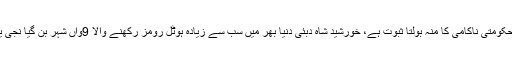
عمران خان مرغی اور سبزیوں کی قیمتوں میں اضافہ حکومتی ناکامی کا منہ بولتا ثبوت ہے، خورشید شاہ دبئی دنیا بھر میں سب سے زیادہ ہوٹل رومز رکھنے والا 9واں شہر بن گیا نجی یونیورسٹی کا نام تبدیل کرنے کا اختیار کابینہ کو نہیں۔